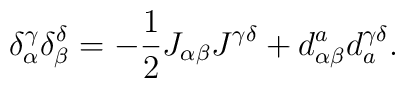
\delta_\alpha^\gamma \delta_\beta^\delta =  -\frac12 J_{\alpha\beta} J^{\gamma\delta}  + d^a_{\alpha\beta} d_a^{\gamma\delta}.